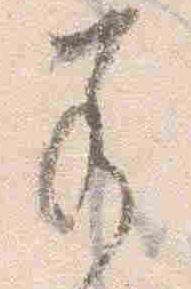
若